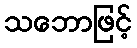
သဘောဖြင့်